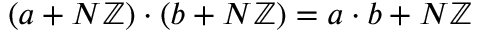
( a + N \mathbb { Z } ) \cdot ( b + N \mathbb { Z } ) = a \cdot b + N \mathbb { Z }